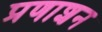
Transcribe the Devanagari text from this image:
प्रणाशन